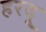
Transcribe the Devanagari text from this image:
हरदू